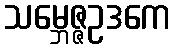
သမ္ဘေဇ္ဇဥဒကေ